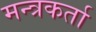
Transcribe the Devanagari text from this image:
मन्त्रकर्ता